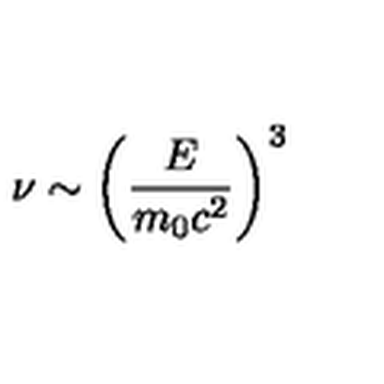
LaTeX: \nu \sim \left( \frac { E } { m _ { 0 } c ^ { 2 } } \right) ^ { 3 }